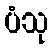
ပံသု